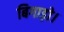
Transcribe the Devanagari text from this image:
बिगाड़ो।